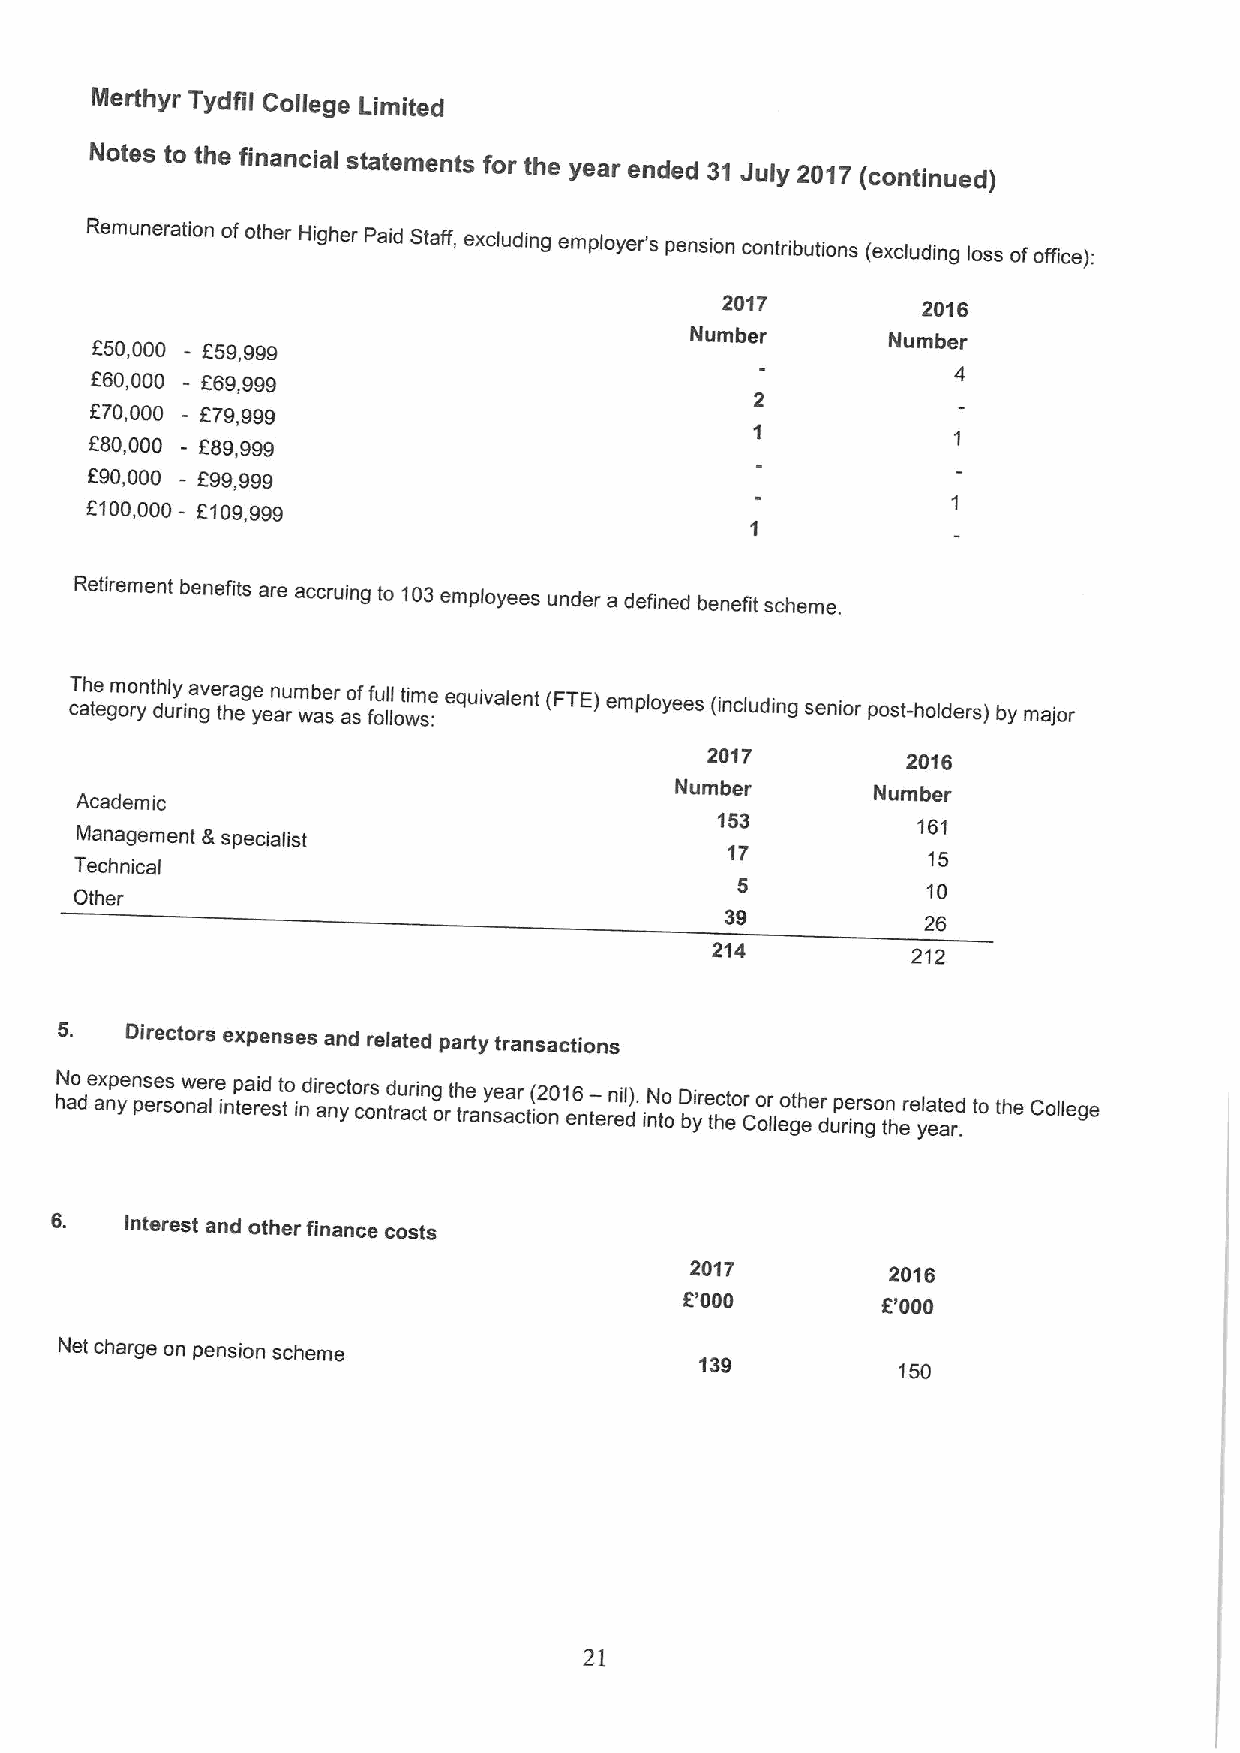
Nierthyr Tydfil College Limited
 Notes to the financial statements for the year ended 31 July 2017(continued)
 Remuneration ofother Higher Paid Staff, excluding employer's pension contributions (excluding loss ofoffice):
 20'I7        2016
 Number
 f50,000 - t:59,999                                   Number
 660,000 - 669,999
 f 70,000 - E79,999
 f80,000 - 689,999
 690,000 - E99,999
 6100,000 - E109,999
 Retirement benefits are accruing to 103employees under a defined benefit scheme.
 cT ah te egm oro ynth dl uy rina gve tr ha ege yen au rm wb ae sr ao sf ffu ol ll lot wim s:e equivalent (FTE)employees
 (including senior post-holders) by major
 2017         2016
 Number       Number
 Academic
 153
 Management 8 specialist                                 161
 17
 15
 Technical
 5           10
 Other
 39
 26
 214          212
 5.  Directors expenses and related party transactions
 hN ao de ax np yen ps ee rs sonw ae lre inp tea ri ed stto indi are nc yto crs ontd ru ar ci tng orth tre any se aa cr tio( n201 e6 nt— eren dil). iN nto
 o
 D byire thct eor Co or lleo gth eer dup rie nr gson there yla et ae rd
 .
 to the College
 6.   Interest and other finance costs
 2017         2016
 6'000        6'000
 Net charge on pension scheme
 139
 150
 21